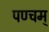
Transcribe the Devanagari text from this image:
पण्चम्